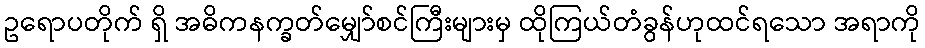
ဥရောပတိုက် ရှိ အဓိကနက္ခတ်မျှော်စင်ကြီးများမှ ထိုကြယ်တံခွန်ဟုထင်ရသော အရာကို